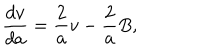
LaTeX: \frac { d v } { d a } = \frac 2 { a } v - \frac 2 { a } B ,